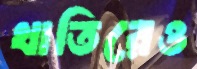
খাতিরেও